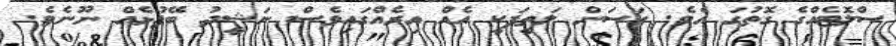
ސްލޮޓެއްގެ ގޮތުގަ އެވެ. ހަސަން ލަތީފަކީ އެއް އިރެއްގައިވެސް ނަޝީދު ބޭފުޅެއް ނޫނެވެ.